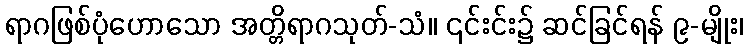
ရာဂဖြစ်ပုံဟောသော အတ္တိရာဂသုတ်-သံ။ ၎င်းင်း၌ ဆင်ခြင်ရန် ၉-မျိုး၊